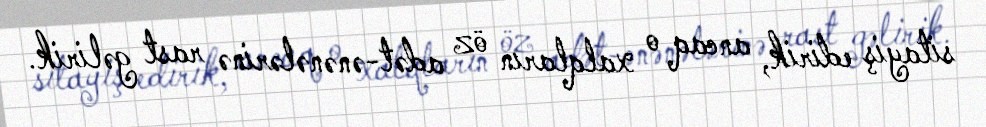
sitayiş edirik, ancaq o xalqların öz adət-ənənələrinə rast gəlirik.